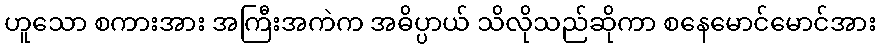
ဟူသော စကားအား အကြီးအကဲက အဓိပ္ပာယ် သိလိုသည်ဆိုကာ စနေမောင်မောင်အား